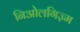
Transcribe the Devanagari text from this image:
निओलगिज़्म